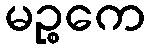
မဉ္စကေ